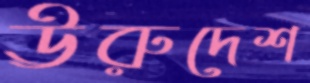
ঊরুদেশ